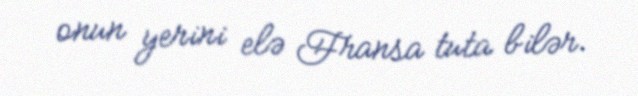
onun yerini elə Fransa tuta bilər.